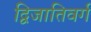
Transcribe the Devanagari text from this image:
द्विजातिवर्ग